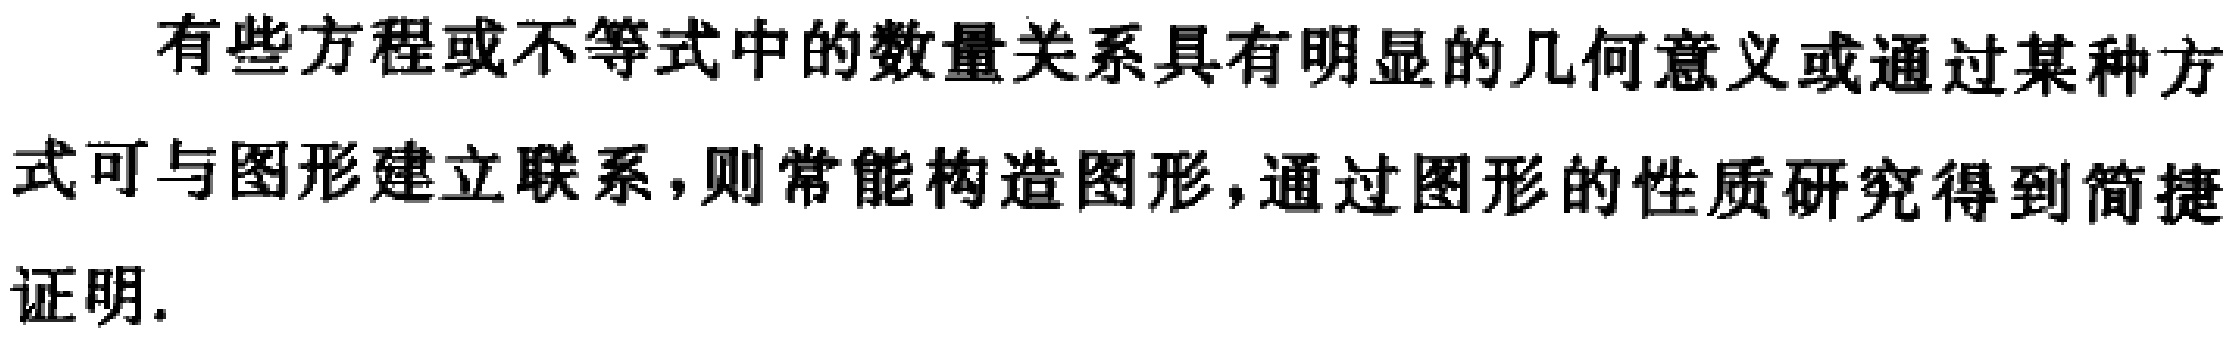
有些方程或不等式中的数量关系具有明显的几何意义或通过某种方式可与图形建立联系，则常能构造图形，通过图形的性质研究得到简捷证明.